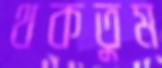
থকতুম